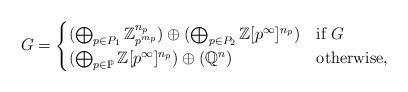
LaTeX: \begin{align*} G = \begin{cases} (\bigoplus_{p\in P_1} \mathbb{Z}_{p^{m_p}}^{n_p}) \oplus (\bigoplus_{p\in P_2} \mathbb{Z}[p^{\infty}]^{n_p}) &\mbox{if } G \\(\bigoplus_{p\in \mathbb{P}} \mathbb{Z}[p^{\infty}]^{n_p}) \oplus (\mathbb{Q}^{n}) & \mbox{otherwise, } \end{cases} \end{align*}